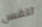
تنفس